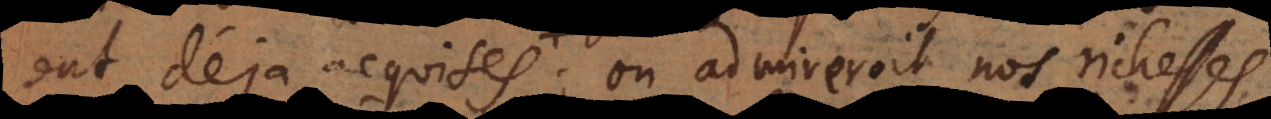
ont déja ac; on admireroit nos richesses